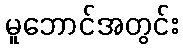
မူဘောင်အတွင်း